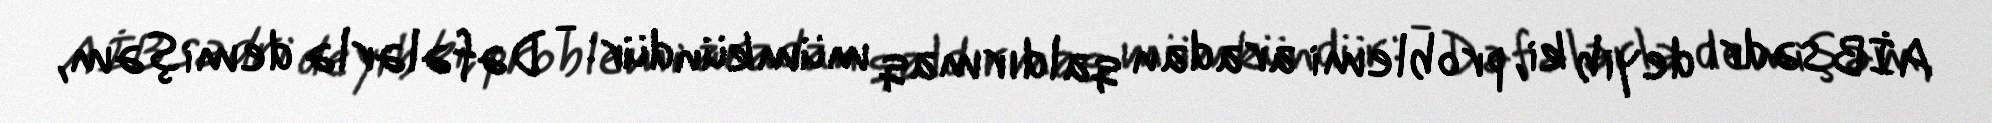
AİB sədri deyib ki, problemi aradan qaldırmaq mümkündür: - Dəfələrlə demişəm,